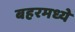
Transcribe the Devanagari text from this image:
बहरमध्ये